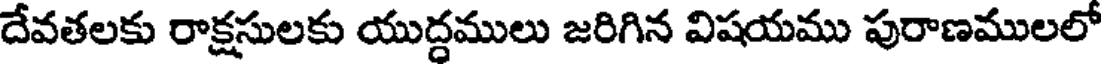
దేవతలకు రాక్షసులకు యుద్దములు జరిగిన విషయము పురాణములలో